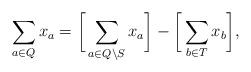
LaTeX: \begin{align*}\sum_{a \in Q} x_a= \bigg[\sum_{a \in Q \setminus S} x_a\bigg]-\bigg[\sum_{b \in T} x_b\bigg],\end{align*}